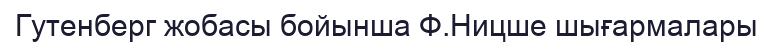
Гутенберг жобасы бойынша Ф.Ницше шығармалары